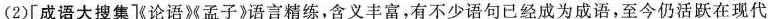
(2)[成语大搜集]《论语》《孟子》语言精练，含义丰富，有不少语句已经成为成语，至今仍活跃在现代